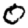
Digit: 0